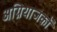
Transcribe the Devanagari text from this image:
अग्नियाजकों